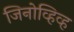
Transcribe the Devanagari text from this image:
जिनोव्हिव्ह